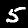
Digit: 5